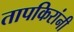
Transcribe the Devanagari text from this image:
तापकिरांनी